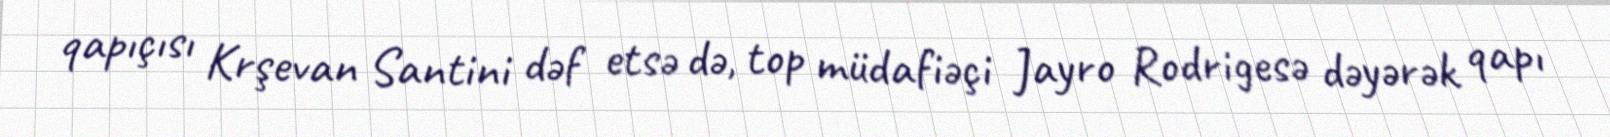
qapıçısı Krşevan Santini dəf etsə də, top müdafiəçi Jayro Rodrigesə dəyərək qapı